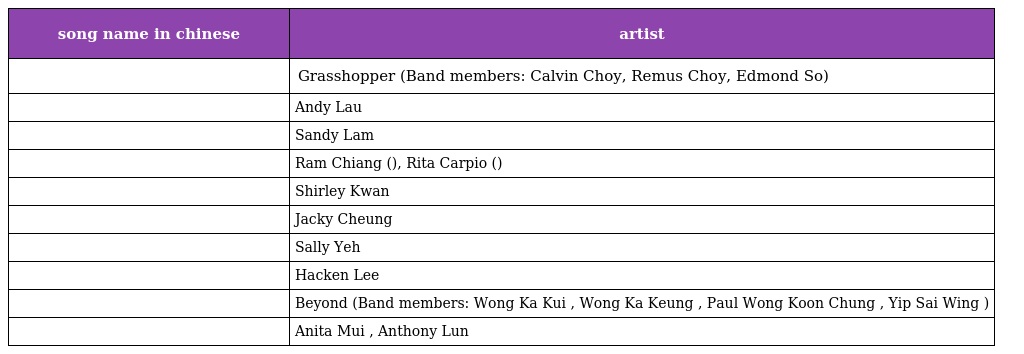
| song name in chinese | artist |
 | --- | --- |
 | 失戀 | Grasshopper (Band members: Calvin Choy, Remus Choy, Edmond So) |
 | 再會了 | Andy Lau |
 | 前塵 | Sandy Lam |
 | 相逢何必曾相識 | Ram Chiang (蔣志光), Rita Carpio (韋綺姍) |
 | 愛恨纏綿 | Shirley Kwan |
 | 祗願一生愛一人 | Jacky Cheung |
 | 焚心以火 | Sally Yeh |
 | 眷戀 | Hacken Lee |
 | 光輝歲月 | Beyond (Band members: Wong Ka Kui , Wong Ka Keung , Paul Wong Koon Chung , Yip Sai Wing ) |
 | 心仍是冷 | Anita Mui , Anthony Lun |